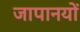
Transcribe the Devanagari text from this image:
जापानयों